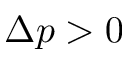
\Delta p > 0